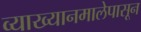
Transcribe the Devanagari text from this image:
व्याख्यानमालेपासून